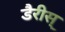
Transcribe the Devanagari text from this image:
डैरीस्